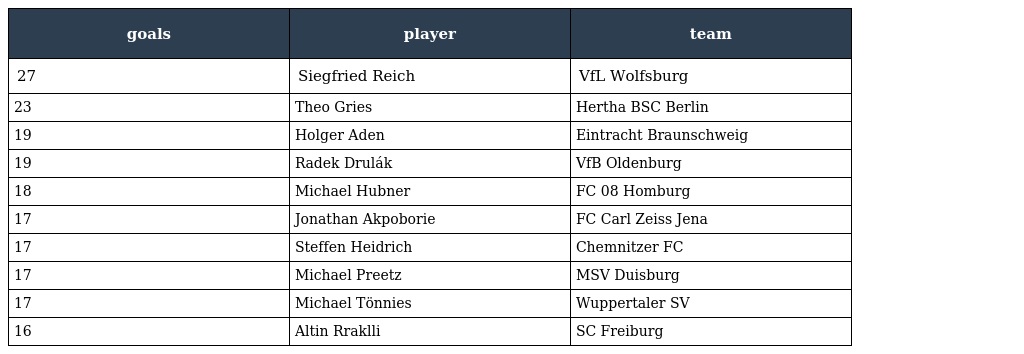
| goals | player | team |
 | --- | --- | --- |
 | 27 | Siegfried Reich | VfL Wolfsburg |
 | 23 | Theo Gries | Hertha BSC Berlin |
 | 19 | Holger Aden | Eintracht Braunschweig |
 | 19 | Radek Drulák | VfB Oldenburg |
 | 18 | Michael Hubner | FC 08 Homburg |
 | 17 | Jonathan Akpoborie | FC Carl Zeiss Jena |
 | 17 | Steffen Heidrich | Chemnitzer FC |
 | 17 | Michael Preetz | MSV Duisburg |
 | 17 | Michael Tönnies | Wuppertaler SV |
 | 16 | Altin Rraklli | SC Freiburg |